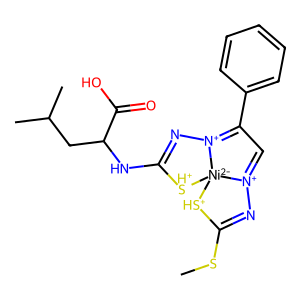
SMILES: CSC1=N[N+]2=CC(c3ccccc3)=[N+]3N=C(NC(CC(C)C)C(=O)O)[SH+][Ni-2]23[SH+]1
Inhibits HIV replication: No